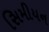
સિમીયન